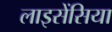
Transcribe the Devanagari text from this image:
लाइसेंसिया